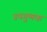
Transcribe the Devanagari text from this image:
उपगुणक